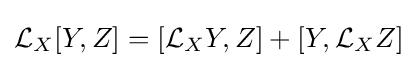
{\mathcal {L}}_{X}[Y,Z]=[{\mathcal {L}}_{X}Y,Z]+[Y,{\mathcal {L}}_{X}Z]